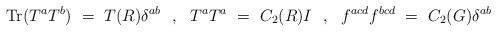
LaTeX: \begin{align*}\mbox{Tr}(T^aT^b) ~=~ T(R) \delta^{ab} ~~,~~ T^aT^a ~=~ C_2(R) I ~~,~~f^{acd} f^{bcd} ~=~ C_2(G) \delta^{ab}\end{align*}